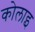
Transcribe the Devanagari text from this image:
कोलाइ